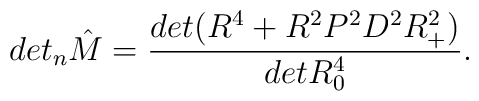
det_n{\hat M}=\frac{det(R^4 +R^2P^2D^2R^2_+)}{detR^4_0}.